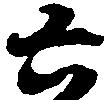
六